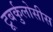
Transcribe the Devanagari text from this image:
टूबर्कुलोसीस